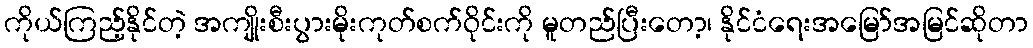
ကိုယ်ကြည့်နိုင်တဲ့ အကျိုးစီးပွားမိုးကုတ်စက်ဝိုင်းကို မူတည်ပြီးတော့၊ နိုင်ငံရေးအမြော်အမြင်ဆိုတာ